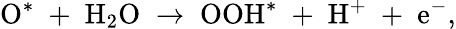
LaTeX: \mathrm{O^{*}\; +\; H_{2}O\; \rightarrow\; OOH^{*}\; +\; H^{+}\; +\; e^{-}},